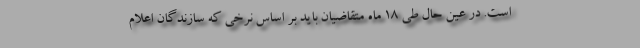
است. در عین حال طی ۱۸ ماه متقاضیان باید بر اساس نرخی که سازندگان اعلام